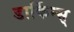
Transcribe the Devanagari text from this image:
डार्किन्स्